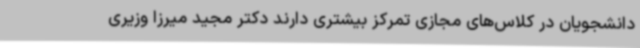
دانشجویان در کلاس‌های مجازی تمرکز بیشتری دارند دکتر مجید میرزا وزیری